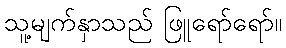
သူ့မျက်နှာသည် ဖြူရော်ရော်။